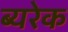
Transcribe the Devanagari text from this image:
ब्यरेक